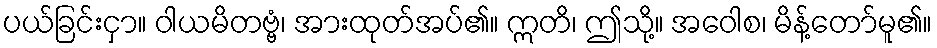
ပယ်ခြင်းငှာ။ ဝါယမိတဗ္ဗံ၊ အားထုတ်အပ်၏။ ဣတိ၊ ဤသို့။ အဝေါစ၊ မိန့်တော်မူ၏။